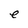
Character: e